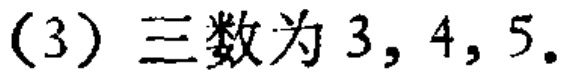
(3) 三数为 \(3,4,5\).